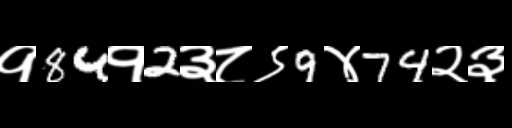
Text: १84१2३८९9४74२३